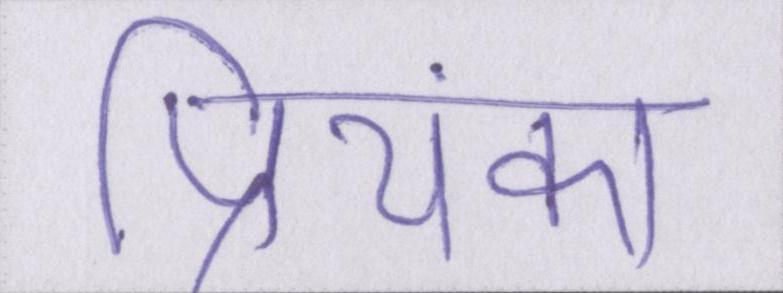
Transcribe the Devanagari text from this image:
प्रियंका